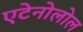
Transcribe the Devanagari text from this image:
एटेनोलोल